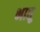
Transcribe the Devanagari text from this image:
भातू